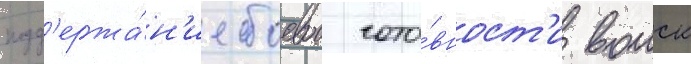
подд'ержа́н'ие боевои гото́вност'и воиск